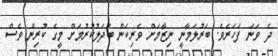
ދެ ވަނަ ފަހަރެވެ. ބަރުލަމާނީ ނިޒާމަށް ވެރިކަން ބަދަލުކުރުމަށް މީގެ ކުރިން ވެސް